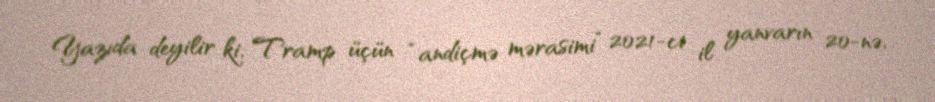
Yazıda deyilir ki, Tramp üçün “andiçmə mərasimi” 2021-ci il yanvarın 20-nə,